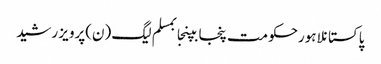
پاکستانلاہورحکومت پنجابپنجابمسلم لیگ (ن)پرویز رشید